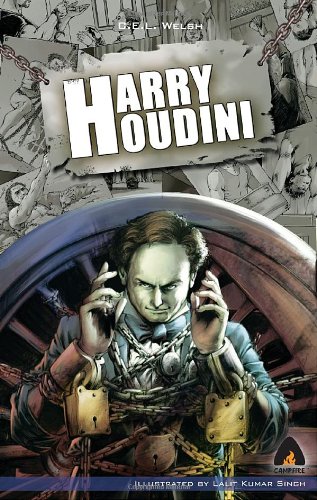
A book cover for Harry Houdini: A Graphic Novel (Campfire Graphic Novels); CEL Welsh; Children's Books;